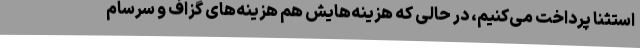
استثنا پرداخت می‌کنیم، در حالی که هزینه‌هایش هم هزینه‌های گزاف و سرسام